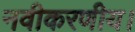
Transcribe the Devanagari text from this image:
नवीकरणीय।